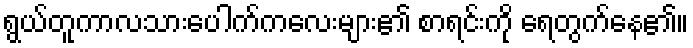
ရွယ်တူကာလသားပေါက်ကလေးများ၏ စာရင်းကို ရေတွက်နေ၏။